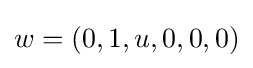
w=(0,1,u,0,0,0)